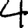
Digit: 4